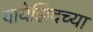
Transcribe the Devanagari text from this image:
बायेझिदच्या